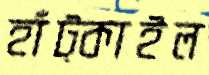
হাঁট্‌কাইল